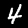
Label: 4